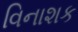
વિનાશક